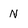
Character: N